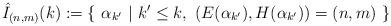
LaTeX: \begin{align*} \hat{I}_{(n,m)}(k):=\{\,\,\alpha_{k'}\,\,|\,\, k' \leq k, \,\, (E(\alpha_{k'}),H(\alpha_{k'}))=(n,m)\,\,\}\end{align*}